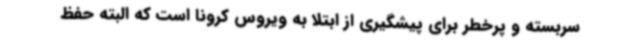
سربسته و پرخطر برای پیشگیری از ابتلا به ویروس کرونا است که البته حفظ